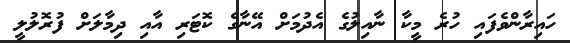
ހައިރާންވެފައި ހުރެ މީކާ ނާއިލުގެ އެދުމަށް އޭނާގެ ކޮޓަރި އާއި ދިމާލަށް ފުރޮލުލީ